Language: tamil
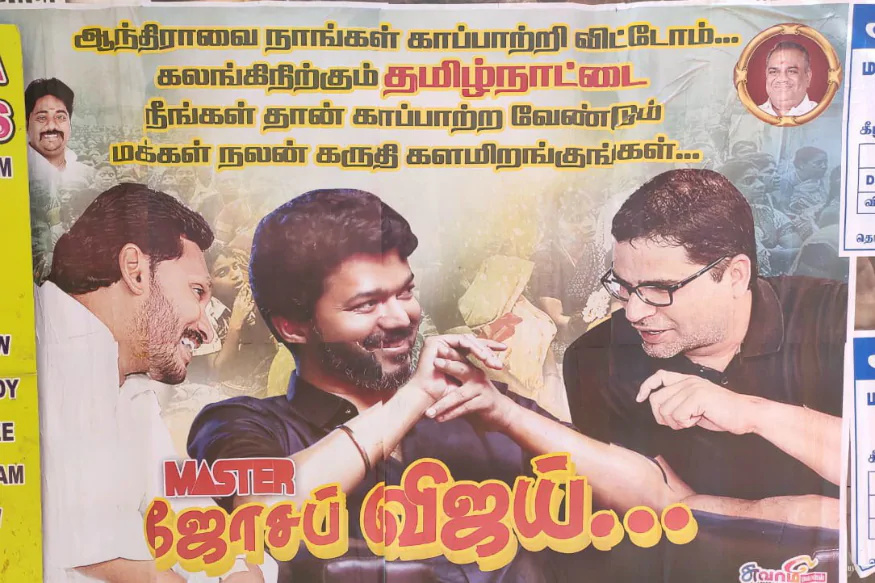
Transcription: விஜய் ம நாங்கள் காப்பாற்றி விட்டோம் தமிழ்நாட்டை நீங்கள் தான் காப்பாற்ற வேண்டும் மக்கள் களமிறங்குங்கள் ஜோசப் சுவ கலங்கிநிற்கும் ஆந்திராவை ப கருதி நலன்